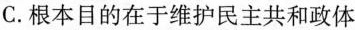
C.根本目的在于维护民主共和政体